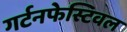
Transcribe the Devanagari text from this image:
गर्टनफेस्टिवल